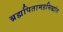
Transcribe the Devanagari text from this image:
ब्रह्मपितामहसिद्धांत